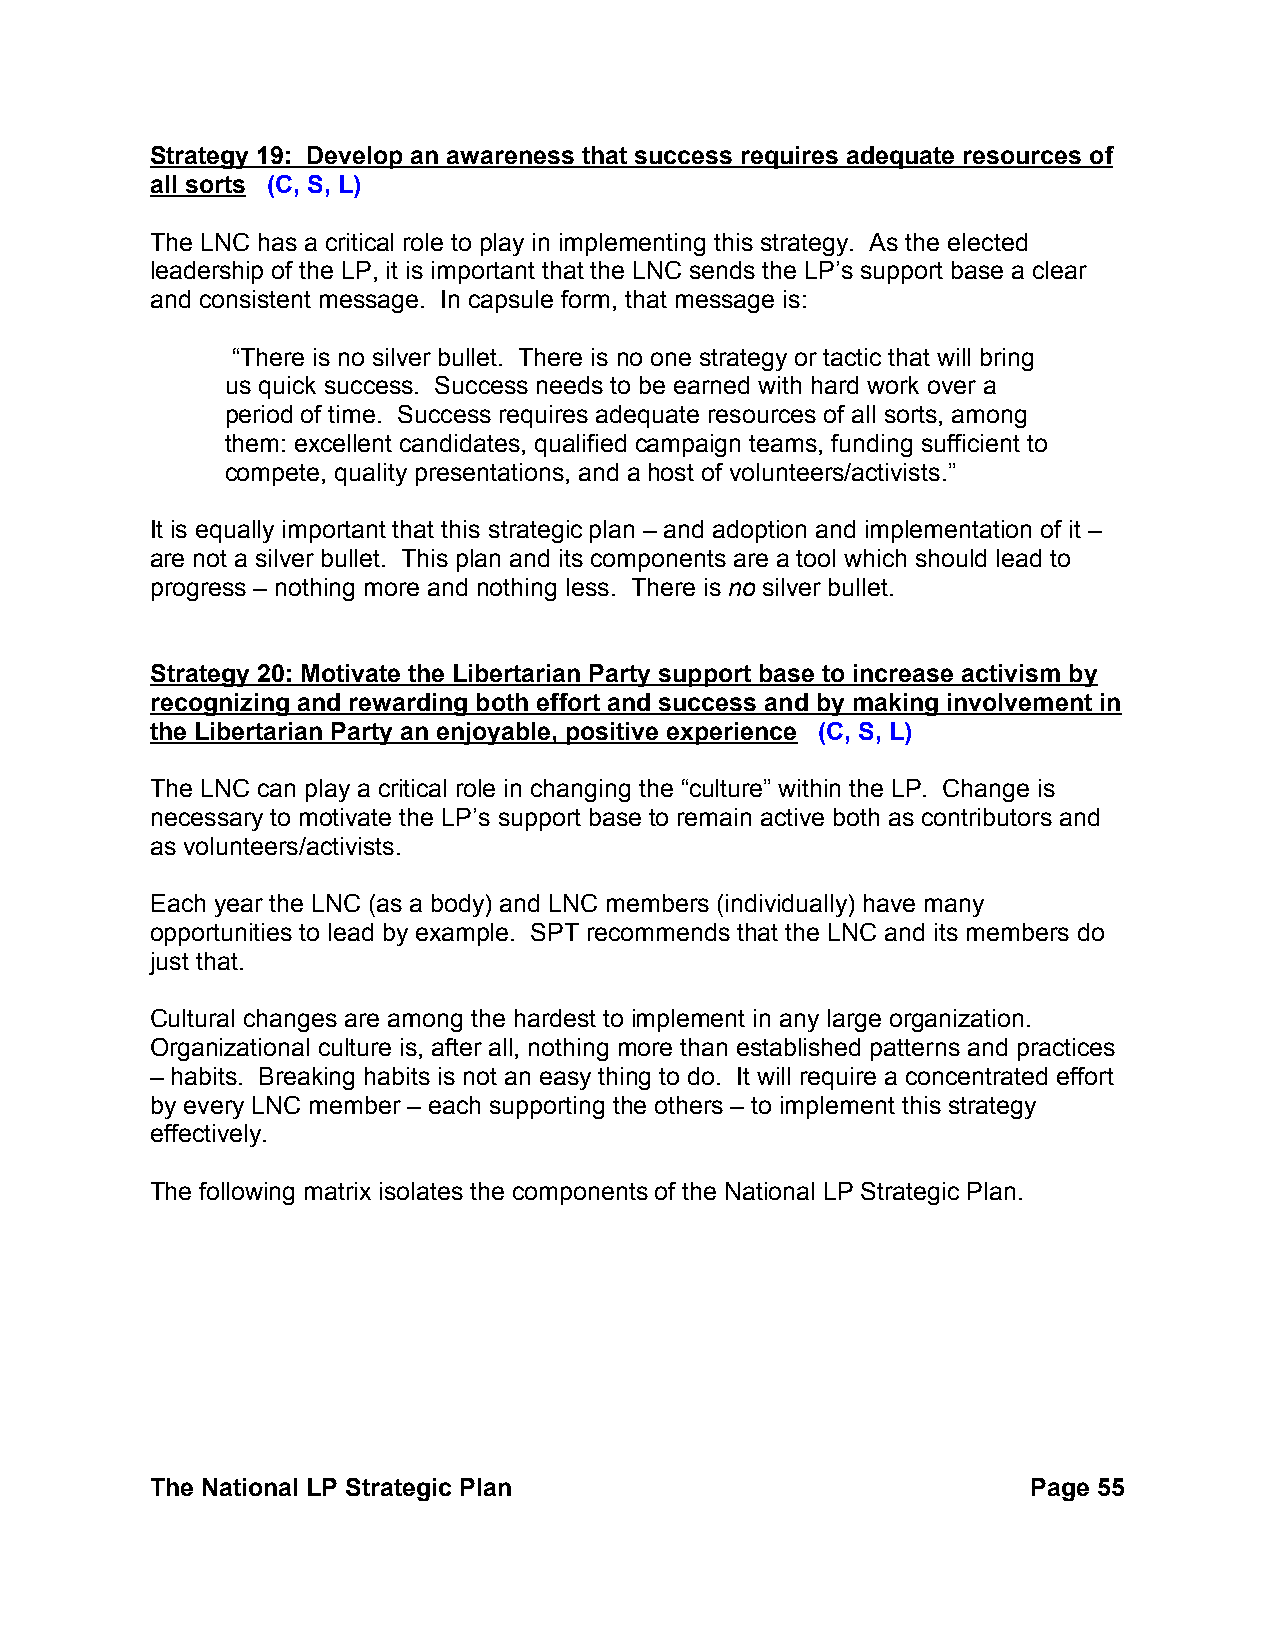
Strategy 19: Develop an awareness that success requires adequate resources of
 all sorts (C, S, L)
 The LNC has a critical role to play in implementing this strategy. As the elected
 leadership of the LP, it is important that the LNC sends the LP’s support base a clear
 and consistent message. In capsule form, that message is:
 “There is no silver bullet. There is no one strategy or tactic that will bring
 us quick success. Success needs to be earned with hard work over a
 period of time. Success requires adequate resources of all sorts, among
 them: excellent candidates, qualified campaign teams, funding sufficient to
 compete, quality presentations, and a host of volunteers/activists.”
 It is equally important that this strategic plan – and adoption and implementation of it –
 are not a silver bullet. This plan and its components are a tool which should lead to
 progress – nothing more and nothing less. There is no silver bullet.
 Strategy 20: Motivate the Libertarian Party support base to increase activism by
 recognizing and rewarding both effort and success and by making involvement in
 the Libertarian Party an enjoyable, positive experience (C, S, L)
 The LNC can play a critical role in changing the “culture” within the LP. Change is
 necessary to motivate the LP’s support base to remain active both as contributors and
 as volunteers/activists.
 Each year the LNC (as a body) and LNC members (individually) have many
 opportunities to lead by example. SPT recommends that the LNC and its members do
 just that.
 Cultural changes are among the hardest to implement in any large organization.
 Organizational culture is, after all, nothing more than established patterns and practices
 – habits. Breaking habits is not an easy thing to do. It will require a concentrated effort
 by every LNC member – each supporting the others – to implement this strategy
 effectively.
 The following matrix isolates the components of the National LP Strategic Plan.
 The National LP Strategic Plan                            Page 55